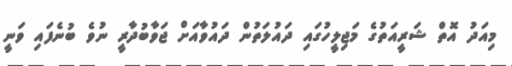
މިއަދު އޮތް ޝަރީއަތުގެ މަޖިލީހުގައި ދައުލަތުން ދައުވާއަށް ޖަވާބުދާރީ ނުވެ ބުނެފައި ވަނީ